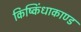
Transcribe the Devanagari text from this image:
किष्किंधाकाण्ड